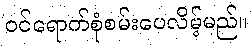
ဝင်ရောက်စုံစမ်းပေလိမ့်မည်။